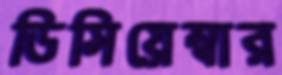
ডিসিয়েম্বার